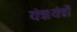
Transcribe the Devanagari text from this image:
यंत्र।यंत्रों